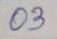
03